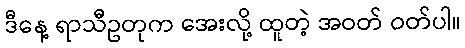
ဒီနေ့ ရာသီဥတုက အေးလို့ ထူတဲ့ အဝတ် ဝတ်ပါ။